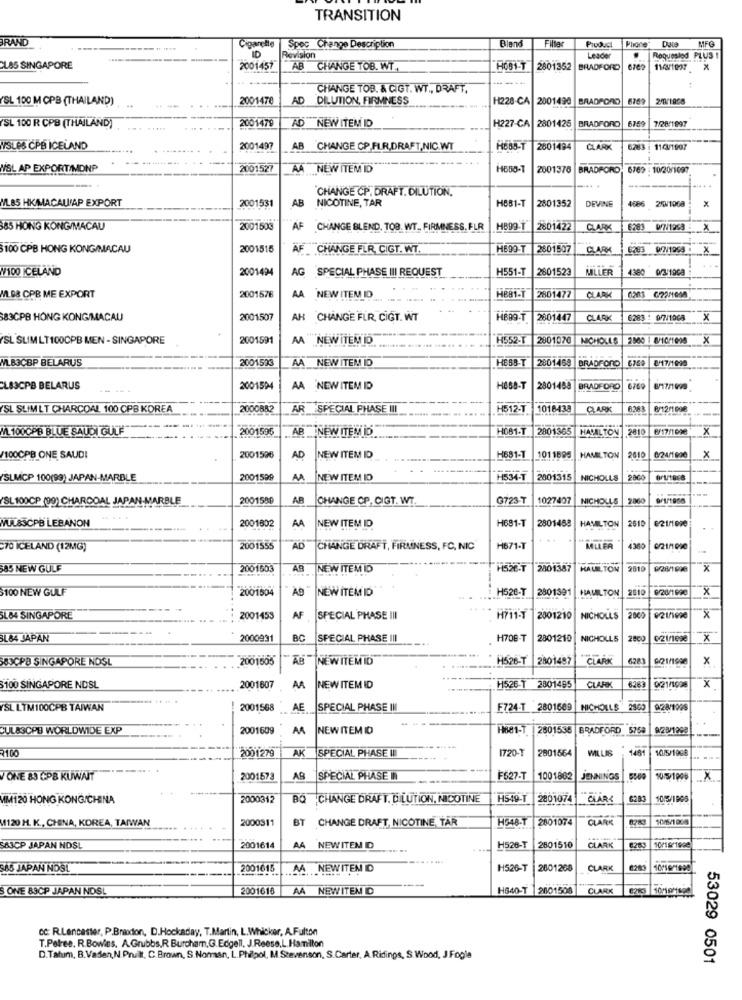
TRANSITION
BRAND
Blend
Filler
Product
Phone
MFG
Cigarette
ID
Spec Change Description
Revision
Leader
Roquesled PLUS !
CL85 SINGAPORE
2001457
AB CHANGE TOB. WT.
2801352
BRADFORD
6762
116/1997
----
CHANGE TOB. & CIGT. WT ., DRAFT.
YSL 100 M OPB (THAILAND)
2001478
AD
DILUTION, FIRMNESS
H228-CA
2001490
BRADFORD
20/1998
2001479
AD NEW ITEM ID
6359
7/28/1997
ISL 100 R CPB (THAILAND)
H227-CA
2801426
BRADFORD
WSLES CPB ICELAND
2001497
B CHANGE CP FLR.DRAFT, NIC.WT
2601494
CLARK
6283
1103/1907
WSL AP EXPORTIMONP
2001527
AA NEW ITEM ID
2001376 BRADFORD, 6769 : 10/20/1097
CHANGE CP. DRAFT. DILUTION.
... .
ML. 85 HKIMACALAP EXPORT
AB
NICOTINE, TAR
H881-T
DEVINE
4686 2XV1068
2001531
2801352
85 HONG KONG/MACAU
2001503
F CHANGE BLEND, TOB. WT. FIRMNESS. FLR
HB99-T
2801422
CLARK
6283 977/1258
X
--
100 CPB HONG KONG/MACAU
2001515
AF CHANGE FLR, CIGT. WT.
2601507
CLARK
6293 02/1953
X
V/100 ICELAND
2001494
AG
H551-T
2801523
MILLER
4380 9/3/1998
SPECIAL PHASE III REQUEST
HE81-T
M.B& CPB ME EXPORT
2001576
AA NEW ITEM ID
2801477
CLARK
0203 6/221008
83CPB HONG KONGMACAU
2001507
AH CHANGE FLR. CIGT. WT
HBB9-T
2601447
CLARK
6283 : 9/7/1008
x
SL SLIM LT100CPB MEN - SINGAPORE
2001591
AA NEW ITEM ID
H552-T
2301070 NICHOLLS
2900 1 8/10/1099
X
MLB3CBP BELARUS
2001533
AA NEW ITEM ID
HEB3-T
2801468
BRADFORO
CL83CPB BELARUS
200150
AA NEW ITEM ID
HOS8-T
2801488
BRADFORD
8/17/1999
ISL SLIMLT CHARCOAL 100 CPB KOREA
2000882
AR _SPECIAL PHASE III
H512-T
1018438
QUARK
6263
8/12/1 998
M. 100CPB BLUE SAUDI GULE
2001595
H081-T
2801365
2801365 HAMILTON 2810
8/17/1698
x
AB NEW ITEM ID
2610
0/24/1990
/100CPB ONE SAUDI
2001596
AD
NEW ITEM ID
H681-1
1011586
HAMILTON
x
(SUCP 100(99) JAPAN-MARBLE
2001599
AA
NEW ITEM ID
H534-T
2001315
NICHOLLS
YSL 100CP (00) CHARCOAL JAPAN-MARBLE
2001580
AR
CHANGE CP. CIGT. WT.
G723-
1027407
NICHOLLS
2060
9/1/1966
2001602
H681-T
HAMILTON
2610
NUL&SCPB LEBANON
AA
NEW ITEM ID
2801458
70 ICELAND (12MG)
2001555
AD
CHANGE DRAFT, FIRMINESS, FC, NIC
H671-T
MLLER
0/21/1 090
$85 NEW GULF
2001603
NEW ITEM ID
H526-T
2001387
HALILTON
9819
9/28/1990
x
$100 NEW GULF
2001504
A9
NEW ITEM ID
-526-T
2801391
HAMILTON
2510
9/20/1990
x
SL64 SINGAPORE
2001455
AF
SPECIAL PHASE III
H711-7
2001210
NICHOLLS
921/1990
x
SL84 JAPAN
2000931
BC
SPECIAL PHASE III
H708-T
2801210
NICHOLLS
2800
x
B3CPB SINGAPORE NOSL
2001565
NEWITEMID
H526-T
2801497
CLARK
6383
0/21/1900
x
$100 SINGAPORE NDSL
2001607
AA
NEW ITEM ID
H526-T
2801495
6263
021/1008
X
YSL LTM100CPB TAIWAN
2001568
AESPECIAL PHASE III
F724-T 2801609
NICHOLLS
CUL&3CPB WORLDWIDE EXP
2001609
AA
NEW ITEM ID
H881-1.
2601536
BRADFORD 5759
928/1998
₹100
200 1279
AK
SPECIAL PHASE III
1720-
MLLIS
10/5/1998
2801564
ONE 83 CPB KUWAIT
2001573
AR
SPECIAL PHASE II
F527-T
1001882
JENNINGS
10:5/1999
X
MIM120 HONG KONG/CHINA
2000312
BO
CHANGE DRAFT. DILUTION, NICOTINE
H549-T
2801074
CLARK
6281
105/1995
M1120 H. K ., CHINA, KOREA, TAIWAN
2000311
BT
CHANGE DRAFT, NICOTINE, TÄR
HG48-T
2801074
CLARK
6283
SA3CP JAPAN NOS!
2001614
AA
NEWITEN ID
H526-T
2801510
CLARK
10/19/1992
$45 JAPAN NOS!
2001615
.MA. , NEW ITEN ID
H526-T
2601268
CLARK
10016/1999
S ONE 83CP JAPAN NDSL
2001616
AA
NEW ITEN D
H640-T 2601508
CLARK
cc: R.Lancaster, P.Braxdion, D.Hockaday, T.Martin, L.Whicker, A.Fulton
T.Poles. R.Bowies. A.Grubbs.R. Burcham.G.Edgell, J.Reese.L. Hamilton
D.Tatum, B.Vaden, N.Prit, C. Brown, S.Noman, L. Phipol, M. Stevenson, S.Carter, A Ridings, S. Wood, J Fogla
53029 0501